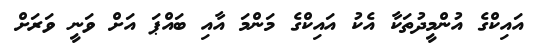
އައިކްގެ އުންމީދުތަކާ އެކު އައިކްގެ މަންމަ އާއި ބައްޕަ އަށް ވަނީ ވަރަށް